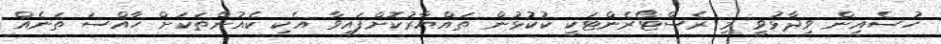
ހުސެއިން ވިދާޅުވީ މި ރެސްޓޯރެންޓަކީ ކުކުޅުން ތައްޔާރުކޮށްފައިވާ އެކި ކެއުންތަކަށް ހާއްސަ ތަނެއް